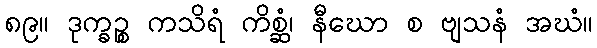
၈၉။ ဒုက္ခဉ္စ ကသိရံ ကိစ္ဆံ၊ နီဃော စ ဗျသနံ အဃံ။